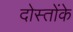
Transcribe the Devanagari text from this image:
दोस्तोंके